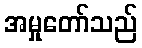
အမှုတော်သည်